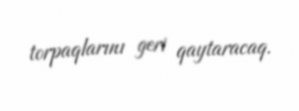
torpaqlarını geri qaytaracaq.